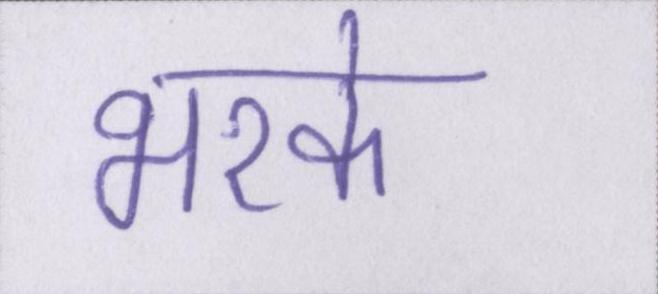
भरके